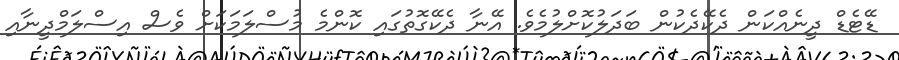
ޑޭޓެޑް ދީނެއްކަން ދެކޭދެކުން ބަދަލުކޮށްލުމެވެ. އޭނާ ދެކޭގޮތުގައި ކޮންމެ މުސްލަމަކަށް ވެސް އިސްލަމްދީނާއި